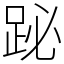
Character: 䟤